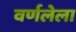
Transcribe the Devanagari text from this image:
वर्णलेला